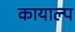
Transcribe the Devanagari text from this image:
कायाल्प